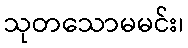
သုတသောမမင်း၊